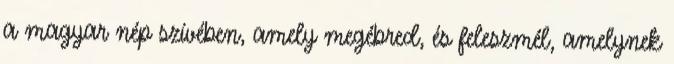
a magyar nép szívében, amely megébred, és feleszmél, amelynek